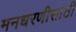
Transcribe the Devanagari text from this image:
मनधरणीसाठी